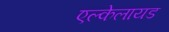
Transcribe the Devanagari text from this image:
एल्केलायड